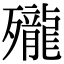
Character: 𪚗